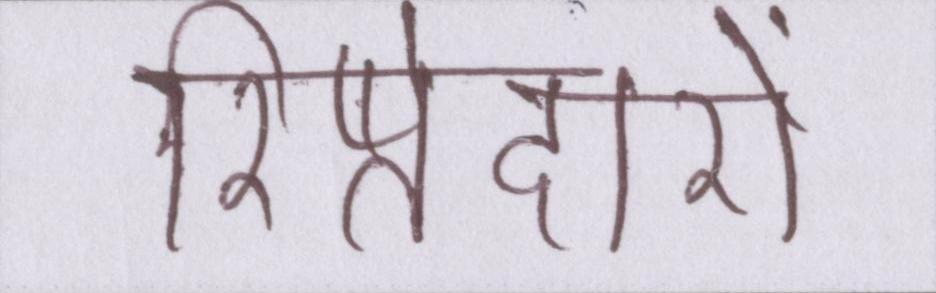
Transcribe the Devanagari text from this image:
रिष्तेदारों